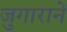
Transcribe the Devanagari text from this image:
जुगारानें